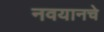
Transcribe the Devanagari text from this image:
नवयानचे